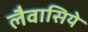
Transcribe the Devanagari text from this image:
लैवासिये